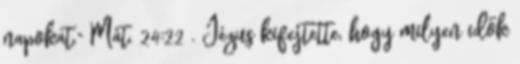
napokat." Mát. 24:22 . Jézus kifejtette, hogy milyen idők